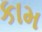
કામ